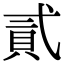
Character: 貳